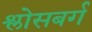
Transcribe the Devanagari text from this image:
श्लोसबर्ग